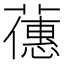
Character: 𬞶